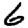
Digit: 6